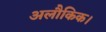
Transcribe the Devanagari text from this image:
अलौकिक।